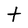
Character: t